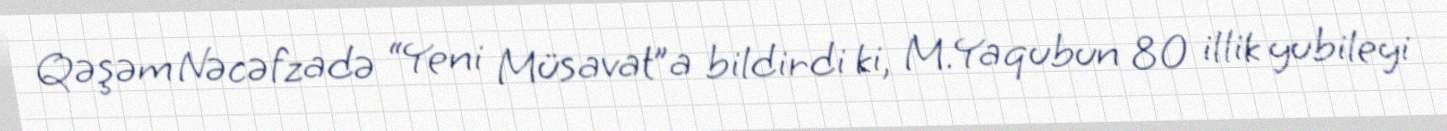
Qəşəm Nəcəfzadə “Yeni Müsavat”a bildirdi ki, M.Yaqubun 80 illik yubileyi